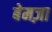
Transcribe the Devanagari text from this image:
बेमज़ा